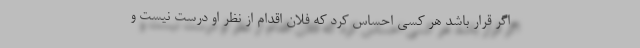
اگر قرار باشد هر کسی احساس کرد که فلان اقدام از نظر او درست نیست و